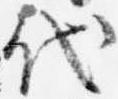
代